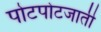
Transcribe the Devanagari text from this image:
पोटपोटजाती